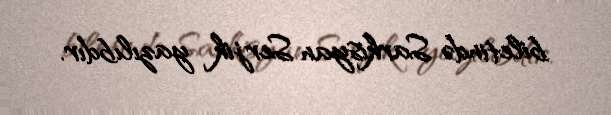
biletində Sarkisyan Serjik yazılıbdır.